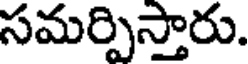
సమర్పిస్తారు.